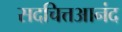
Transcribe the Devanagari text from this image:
सदचित्तआनंद